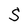
Character: S